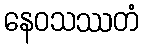
နေဝသဿတံ